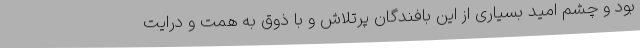
بود و چشم امید بسیاری از این بافندگان پرتلاش و با ذوق به همت و درایت